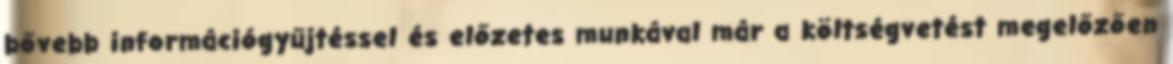
bővebb információgyűjtéssel és előzetes munkával már a költségvetést megelőzően